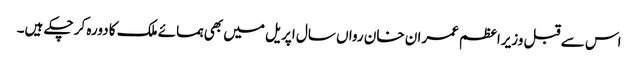
اس سے قبل وزیراعظم عمران خان رواں سال اپریل میں بھی ہمسائے ملک کا دورہ کر چکے ہیں۔